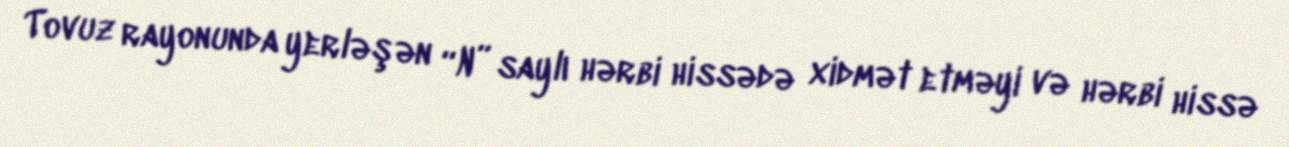
Tovuz rayonunda yerləşən “N” saylı hərbi hissədə xidmət etməyi və hərbi hissə